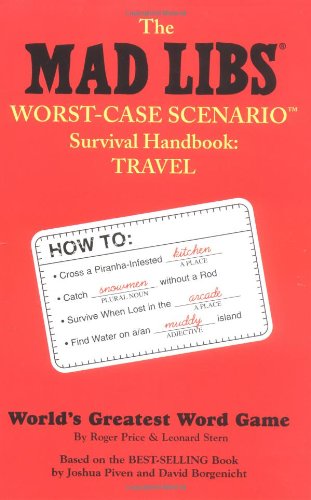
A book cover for The Mad Libs Worst-Case Scenario Survival Handbook: Travel; Leonard Stern; Children's Books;